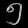
Digit: ၅